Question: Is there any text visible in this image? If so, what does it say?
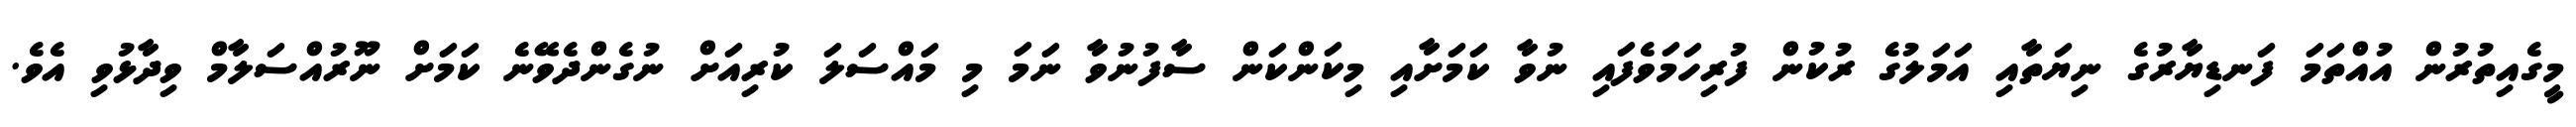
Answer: މީގެއިތުރުން އުއްތަމަ ފަނޑިޔާރުގެ ނިޔަތާއި އަމަލުގެ ރުކުން ފުރިހަމަވެފައި ނުވާ ކަމަށާއި މިކަންކަން ސާފުނުވާ ނަމަ މި މައްސަލަ ކުރިއަށް ނުގެންދެވޭނެ ކަމަށް ނޫރުއްސަލާމް ވިދާޅުވި އެވެ.